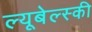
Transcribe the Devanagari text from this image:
ल्यूबेल्स्की